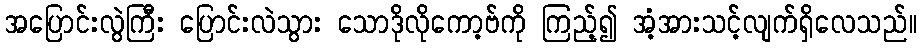
အပြောင်းလွဲကြီး ပြောင်းလဲသွား သောဒိုလိုကော့ဗ်ကို ကြည့်၍ အံ့အားသင့်လျက်ရှိလေသည်။